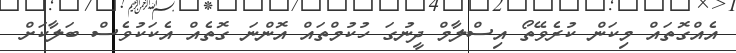
އެއްގޮތައް މިކަން ކުރެވޭތޯ އިސްލާމް ދީނުގަ ހުކުމްތައް އޮންނަ ގޮތެއް އެކަކުވެސް ބަލާކަށް